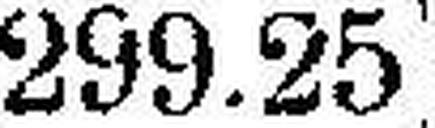
299.25